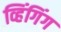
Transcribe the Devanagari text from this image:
व्हिंगिंग